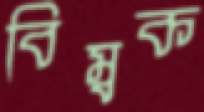
বিম্বক